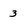
Character: 3